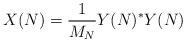
LaTeX: \begin{align*}X(N) = \frac{1}{M_N} Y(N)^* Y(N)\end{align*}